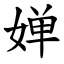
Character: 婵